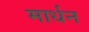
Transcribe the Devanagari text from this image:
मार्धन